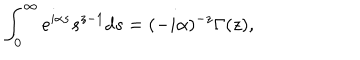
\int _ { 0 } ^ { \infty } e ^ { i \alpha s } s ^ { z - 1 } d s = ( - i \alpha ) ^ { - z } \Gamma ( z ) ,